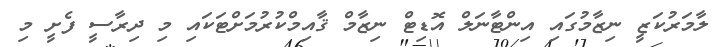
ލާމަރުކަޒީ ނިޒާމުގައި އިންޓާނަލް އޮޑިޓް ނިޒާމް ޤާއިމްކުރުމަށްޓަކައި މި ދިރާސީ ފެށީ މި